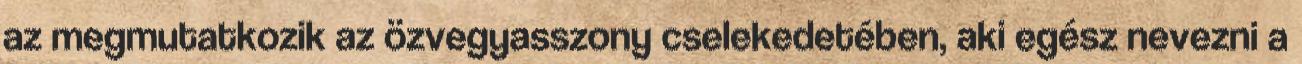
az megmutatkozik az özvegyasszony cselekedetében, aki egész nevezni a